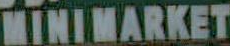
MINIMARKET